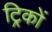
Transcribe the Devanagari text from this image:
ट्रिकों